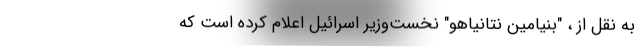
به نقل از ، "بنیامین نتانیاهو" نخست‌وزیر اسرائیل اعلام کرده است که